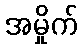
အမှိုက်